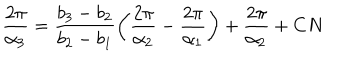
\frac { 2 \pi } { \alpha _ { 3 } } = \frac { b _ { 3 } - b _ { 2 } } { b _ { 2 } - b _ { 1 } } \left( \frac { 2 \pi } { \alpha _ { 2 } } - \frac { 2 \pi } { \alpha _ { 1 } } \right) + \frac { 2 \pi } { \alpha _ { 2 } } + C N